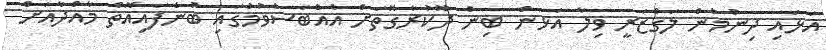
އަޅައި ދިނުމުން ލަގްޒަރީ ވިލާ އަޅަން ބިން ދޫކުރާގޮތަށް އެއްބަސްވުމުގައި ބުނެފައިއޮތް މާއްދާއަށް